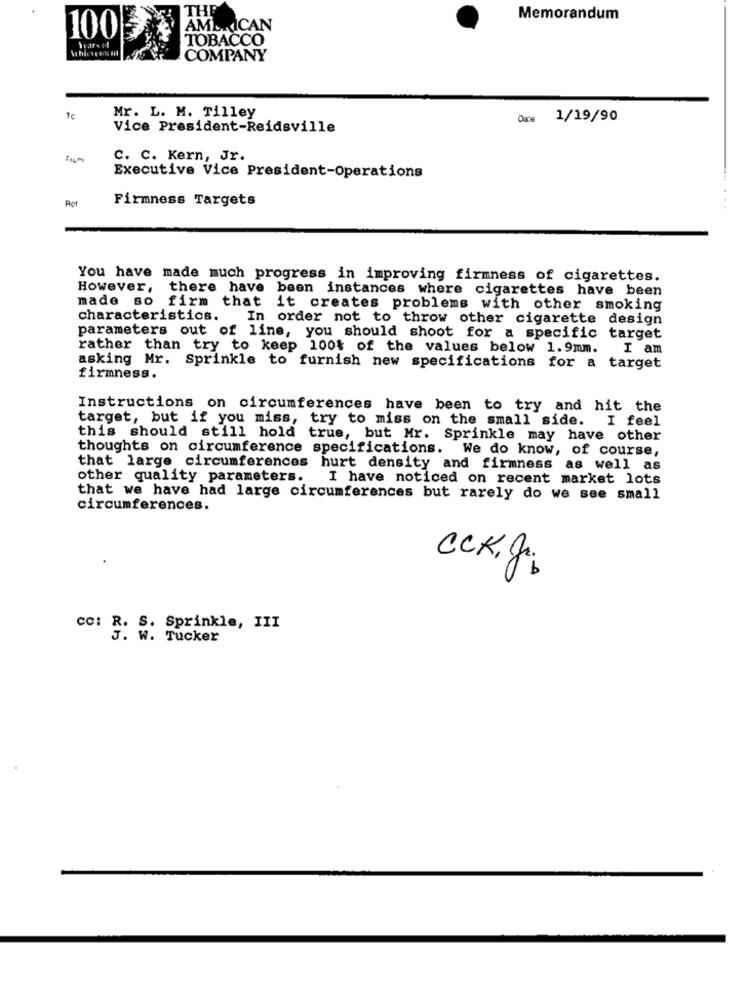
THE
Memorandum
AMERICAN
100
TOBACCO
COMPANY
Mr. L. M. Tilley
1€
Dare 1/19/90
Vice President-Reidsville
C. C. Kern, Jr.
Executive Vice President-Operations
Ret
Firmness Targets
...
You have made much progress in improving firmness of cigarettes.
However, there have been instances where cigarettes have been
made so firm that it creates problems with other smoking
characteristics.
In order not to throw other cigarette design
parameters out of line, you should shoot for a specific target
rather than try to keep 100% of the values below 1.9mm. I am
asking Mr. Sprinkle to furnish new specifications for a target
firmness.
Instructions on circumferences have been to try and hit the
target, but if you miss, try to miss on the small side. I feel
this should still hold true, but Mr. Sprinkle may have other
thoughts on circumference specifications. We do know, of course,
that large circumferences hurt density and firmness as well as
other quality parameters.
I have noticed on recent market lots
that we have had large circumferences but rarely do we see small
circumferences.
CCK, Jos
CC: R. S. Sprinkle, III
J. w. Tucker